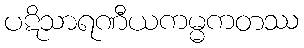
ပဋိသာရဏီယကမ္မကတဿ